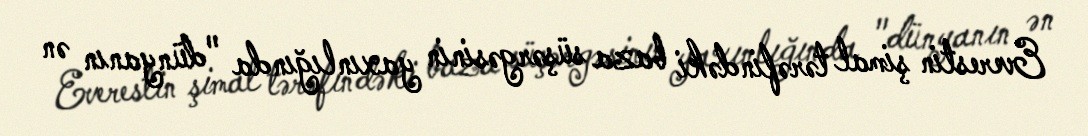
Everestin şimal tərəfindəki baza süşərgəsinin yaxınlığında "dünyanın ən